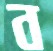
ব